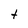
Character: t